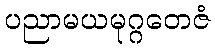
ပညာမယမုဂ္ဂတေဇံ